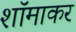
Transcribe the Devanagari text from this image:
शॉमाकर